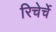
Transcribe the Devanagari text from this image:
रिचेर्चे